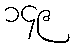
၁၄၉